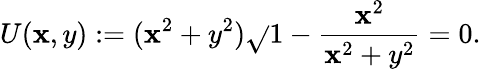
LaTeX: U(\mathbf{x},y):=(\mathbf{x}^{2}+y^{2}){\sqrt{}{{1-{\frac{{\mathbf{x}^{2}}}{{\mathbf{x}^{2}+y^{2}}}}}}}=0.